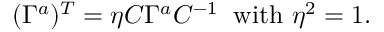
( \Gamma ^ { a } ) ^ { T } = \eta C \Gamma ^ { a } C ^ { - 1 } \; \; \mathrm { w i t h } \ \eta ^ { 2 } = 1 .